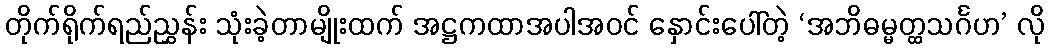
တိုက်ရိုက်ရည်ညွှန်း သုံးခဲ့တာမျိုးထက် အဋ္ဌကထာအပါအဝင် နှောင်းပေါ်တဲ့ ‘အဘိဓမ္မတ္ထသင်္ဂဟ’ လို